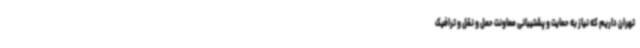
تهران داریم که نیاز به حمایت و پشتیبانی معاونت حمل و نقل و ترافیک